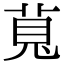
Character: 萈